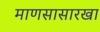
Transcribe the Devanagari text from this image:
माणसासारखा